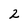
Character: 2